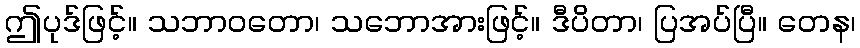
ဤပုဒ်ဖြင့်။ သဘာဝတော၊ သဘောအားဖြင့်။ ဒီပိတာ၊ ပြအပ်ပြီ။ တေန၊